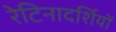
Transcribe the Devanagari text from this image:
रेटिनादर्शियों